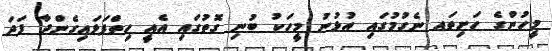
މީހުންގެ ހަށިތައ ނެގުމުގައި އުޅުނު މީހަކު ބުނި ގޮތުގައި އެއީ ހިތްފަޅައިގެންދާ ފަދަ